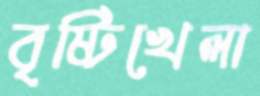
বৃষ্টিখেলা